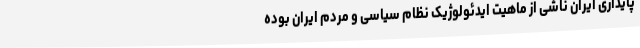
پایداری ایران ناشی از ماهیت ایدئولوژیک نظام سیاسی و مردم ایران بوده